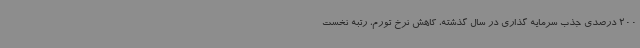
200 درصدی جذب سرمایه گذاری در سال گذشته، کاهش نرخ تورم، رتبه نخست